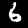
Label: 6